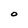
Character: O